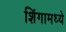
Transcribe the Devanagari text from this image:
शिंगामध्ये